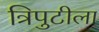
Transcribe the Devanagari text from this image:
त्रिपुटीला